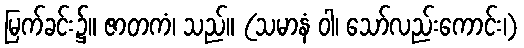
မြက်ခင်း၌။ ဇာတကံ၊ သည်။ (သမာနံ ဝါ၊ သော်လည်းကောင်း၊)